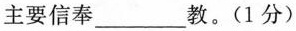
主要信奉___教。(1分)